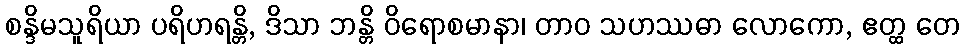
စန္ဒိမသူရိယာ ပရိဟရန္တိ, ဒိသာ ဘန္တိ ဝိရောစမာနာ၊ တာဝ သဟဿဓာ လောကော, ဧတ္ထ တေ